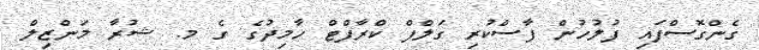
ގެންގޮސްފައި ފުލުހުން ފާސްކުރި ގަލްފް ކްރާފްޓް ހާމިދުގެ ގެ މ. ޝުރާ މަންޒިލް